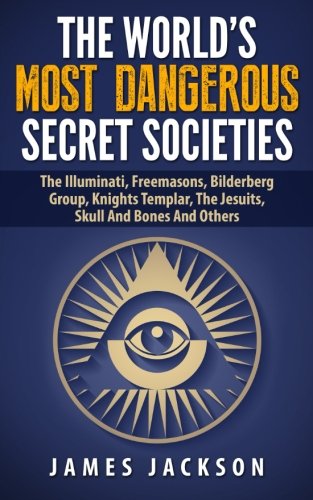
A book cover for The World's Most Dangerous Secret Societies: The Illuminati, Freemasons, Bilderberg Group, Knights Templar, The Jesuits, Skull And Bones And Others; James Jackson; Religion & Spirituality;